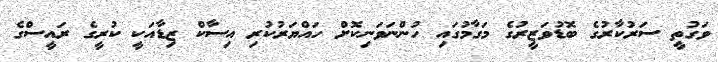
ވަގުތީ ސަރުކާރުގެ ބޮޑުވަޒީރުގެ މަގާމުގައި ހުންނަވަނިކޮށް ހައްޔަރުކުރި އިސާކް ޒިޑާއަކީ ކުރީގެ ރައީސްގެ